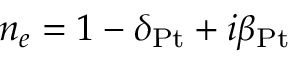
n _ { e } = 1 - \delta _ { \mathrm { P t } } + i \beta _ { \mathrm { P t } }